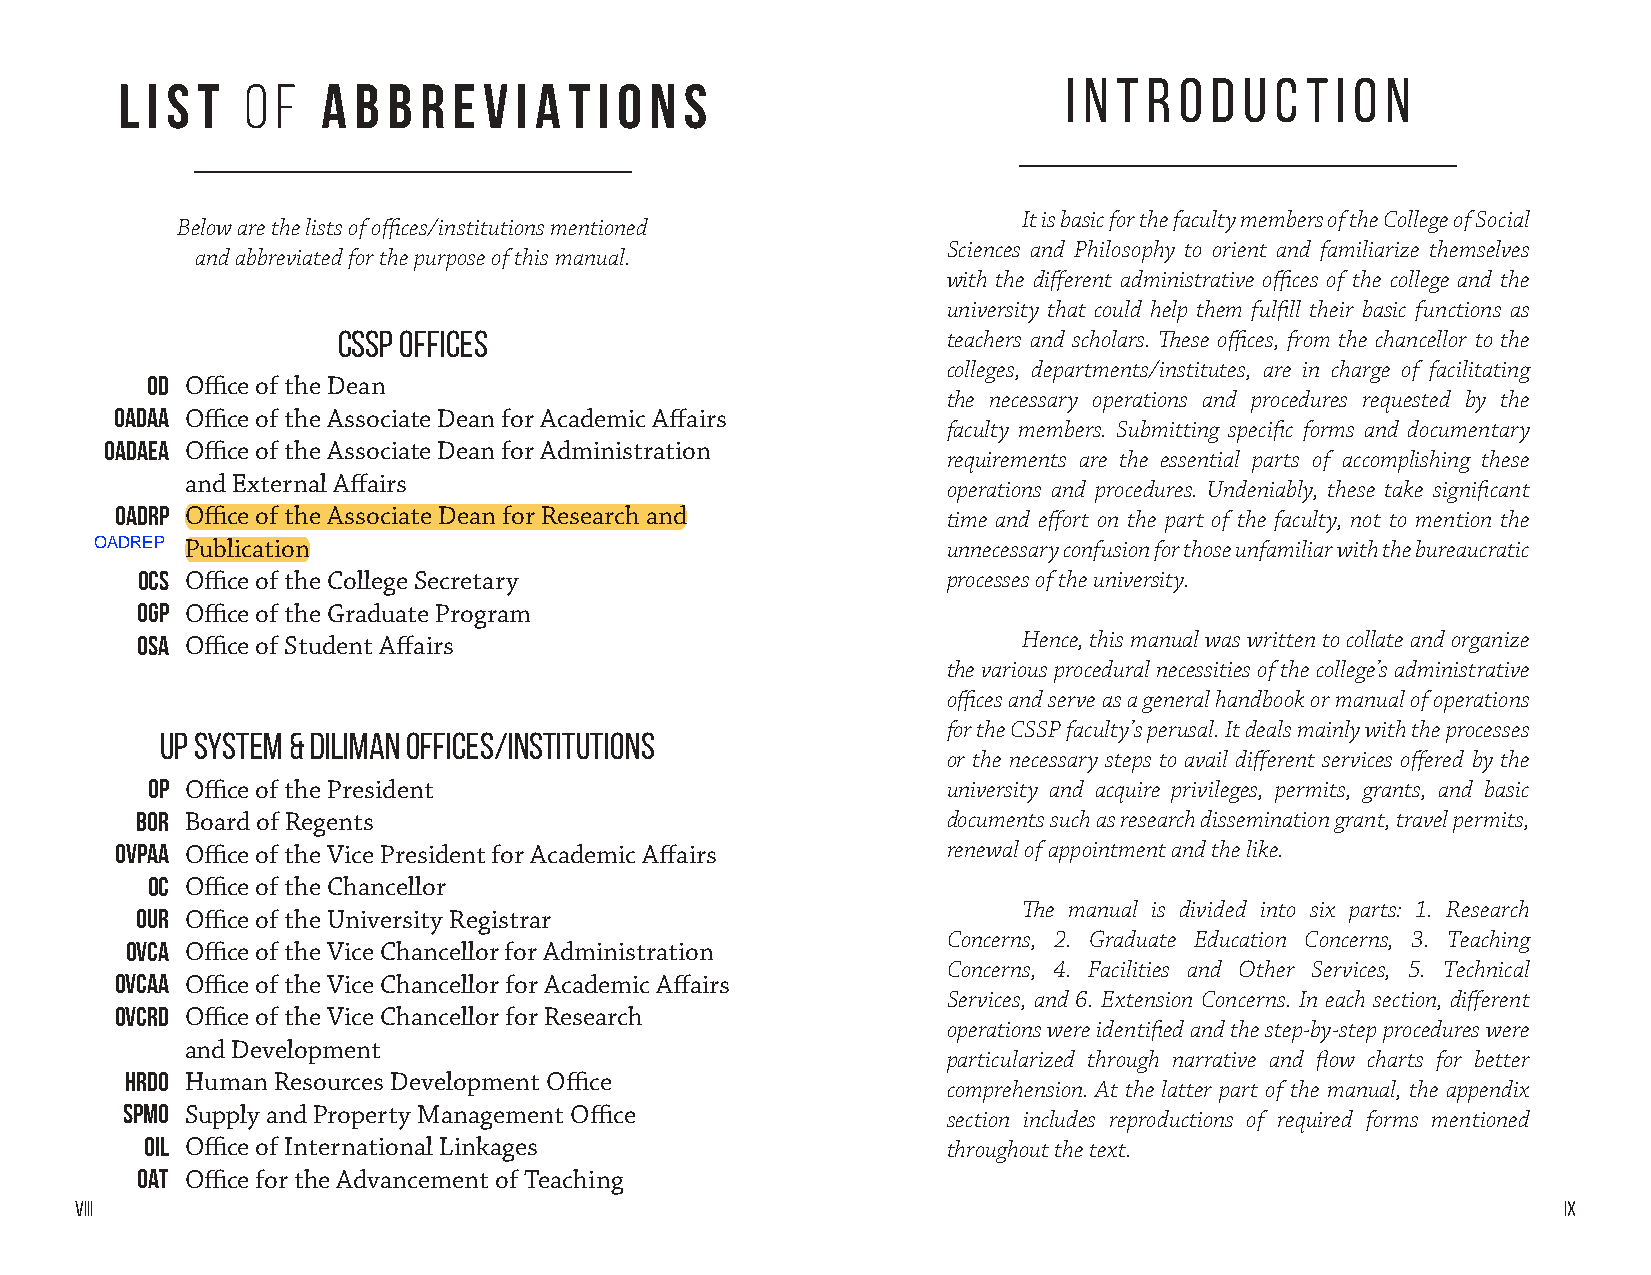
L I S T O F  A B  B R E V I A T I O N S                        I N T R O D U C T I O N
 It is basic for the faculty members of the College of Social
 Below are the lists of offices/institutions mentioned
 Sciences and Philosophy to orient and familiarize themselves
 and abbreviated for the purpose of this manual.
 with the different administrative offices of the college and the
 university that could help them fulfill their basic functions as
 CSSP Offices                             teachers and scholars. These offices, from the chancellor to the
 colleges, departments/institutes, are in charge of facilitating
 OD Office of the Dean
 the necessary operations and procedures requested by the
 OADAA Office of the Associate Dean for Academic Affairs
 faculty members. Submitting specific forms and documentary
 OADAEA Office of the Associate Dean for Administration
 requirements are the essential parts of accomplishing these
 and External Affairs
 operations and procedures. Undeniably, these take significant
 OADRP Office of the Associate Dean for Research and    time and effort on the part of the faculty, not to mention the
 Publication                                        unnecessary confusion for those unfamiliar with the bureaucratic
 OCS Office of the College Secretary                   processes of the university.
 OGP Office of the Graduate Program
 OSA Office of Student Affairs                              Hence, this manual was written to collate and organize
 the various procedural necessities of the college’s administrative
 offices and serve as a general handbook or manual of operations
 for the CSSP faculty’s perusal. It deals mainly with the processes
 UP System & Diliman Offices/Institutions
 or the necessary steps to avail different services offered by the
 OP Office of the President                           university and acquire privileges, permits, grants, and basic
 BOR Board of Regents                                  documents such as research dissemination grant, travel permits,
 OVPAA Office of the Vice President for Academic Affairs renewal of appointment and the like.
 OC Office of the Chancellor
 OUR Office of the University Registrar                     The manual is divided into six parts: 1. Research
 Concerns, 2. Graduate Education Concerns, 3. Teaching
 OVCA Office of the Vice Chancellor for Administration
 Concerns, 4. Facilities and Other Services, 5. Technical
 OVCAA Office of the Vice Chancellor for Academic Affairs
 Services, and 6. Extension Concerns. In each section, different
 OVCRD Office of the Vice Chancellor for Research
 operations were identified and the step-by-step procedures were
 and Development
 particularized through narrative and flow charts for better
 HRDO Human Resources Development Office
 comprehension. At the latter part of the manual, the appendix
 SPMO Supply and Property Management Office             section includes reproductions of required forms mentioned
 OIL Office of International Linkages                 throughout the text.
 OAT Office for the Advancement of Teaching
 viii                                                                                              ix